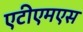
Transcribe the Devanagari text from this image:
एटीएमएस